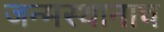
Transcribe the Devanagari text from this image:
जन्मस्थानाच